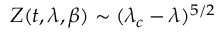
{ \cal Z } ( t , \lambda , \beta ) \sim ( \lambda _ { c } - \lambda ) ^ { 5 / 2 }